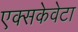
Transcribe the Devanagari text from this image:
एक्सकेवेटा